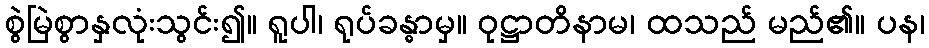
စွဲမြဲစွာနှလုံးသွင်း၍။ ရူပါ၊ ရုပ်ခန္ဓာမှ။ ဝုဋ္ဌာတိနာမ၊ ထသည် မည်၏။ ပန၊